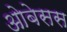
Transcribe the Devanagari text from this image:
ओबेसस